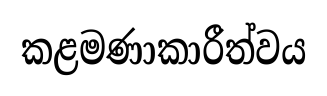
කළමණාකාරීත්වය